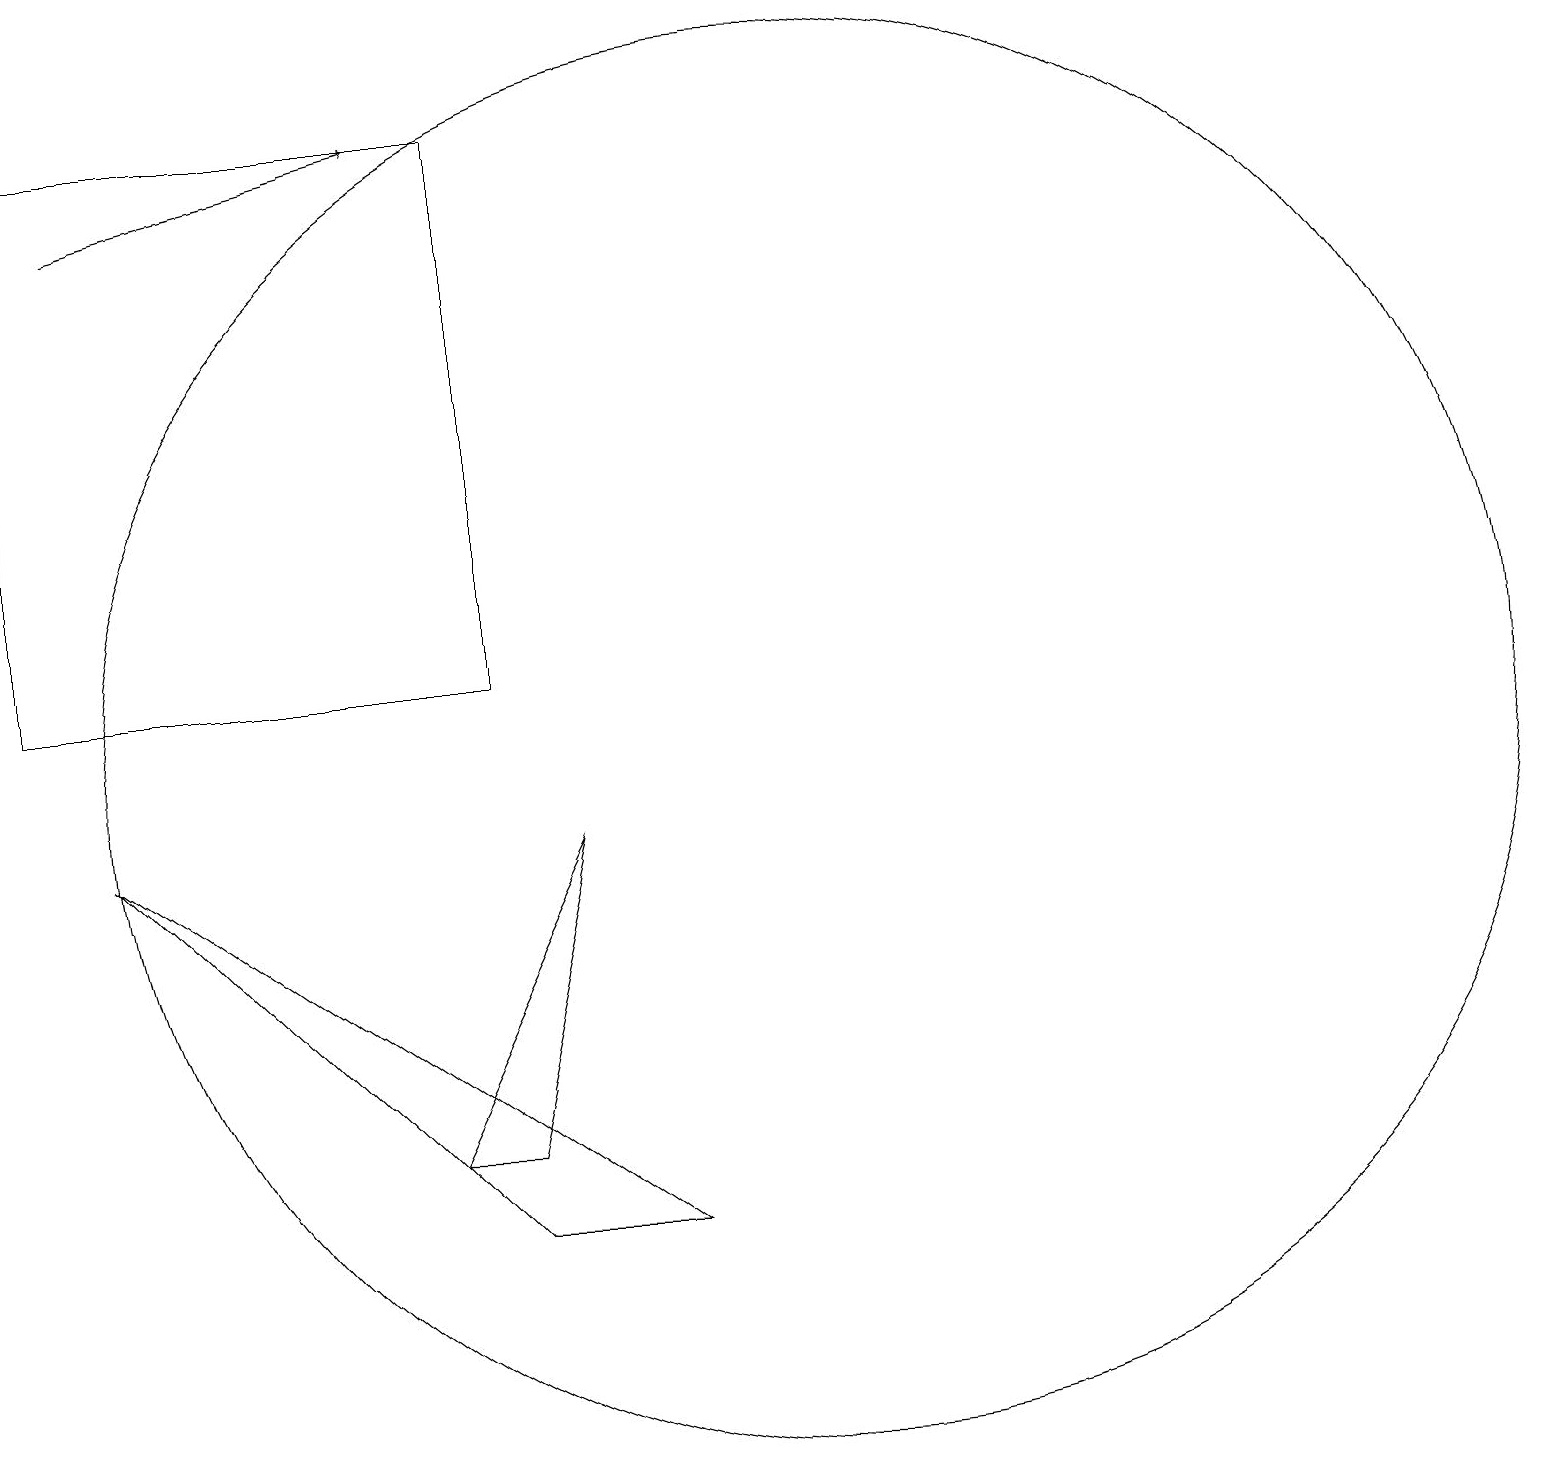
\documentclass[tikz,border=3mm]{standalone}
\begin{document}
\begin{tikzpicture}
\draw (6,11) rectangle (0,18);
\draw (8,4) -- (6,4) -- (1,9) -- cycle;
\draw (10,10) circle (9);
\draw[->] (1,17) -- (5,18);
\draw (5,5) -- (6,5) -- (7,9) -- cycle;
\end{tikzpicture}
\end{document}